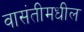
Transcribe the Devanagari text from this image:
वासंतीमधील